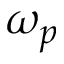
\omega _ { p }